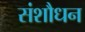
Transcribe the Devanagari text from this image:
संशौधन